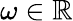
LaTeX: \omega\in\mathbb R